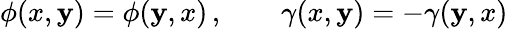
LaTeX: \phi(x,\mathbf{y})=\phi(\mathbf{y},x)\, ,\qquad\gamma(x,\mathbf{y})=-\gamma(\mathbf{y},x)\,